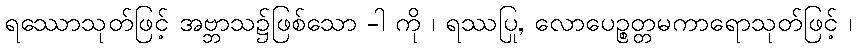
ရဿောသုတ်ဖြင့် အဗ္ဘာသ၌ဖြစ်သော -ါ ကို ၊ ရဿပြု, လောပေဉ္စတ္တမကာရောသုတ်ဖြင့် ၊